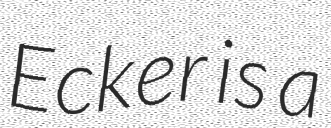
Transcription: Ecker is a